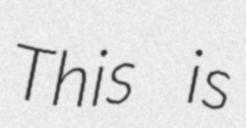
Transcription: This is